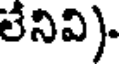
లేనివి).